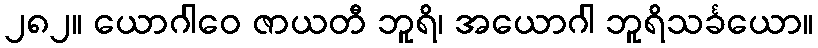
၂၈၂။ ယောဂါဝေ ဇာယတီ ဘူရိ၊ အယောဂါ ဘူရိသင်္ခယော။